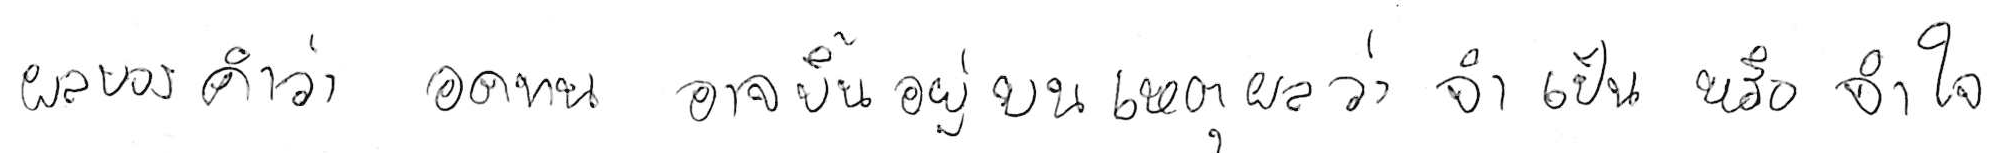
ผลของคำว่า อดทน อาจขึ้นอยู่บนเหตุผลว่า จำเป็น หรือ จำใจ